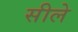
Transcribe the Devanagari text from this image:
सीले